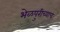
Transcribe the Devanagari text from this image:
भेळपुरीच्याच